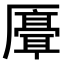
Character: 𫨣